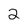
Character: 2